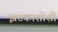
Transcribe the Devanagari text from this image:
झटकाशोशी